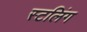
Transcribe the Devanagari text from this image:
स्टलिंग